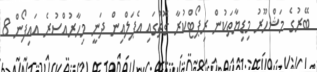
ބޭރުގެ މަޝްހޫރު މިޑިޔާތަކުން ރިޕޯޓްކުރާ ގޮތުގައި އެޕަލްއިން ދަނީ މިހާރުއްސުރެ އައިފޯން 8